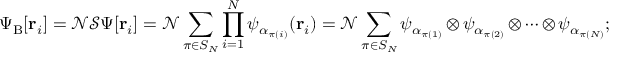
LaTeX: \Psi _ { \mathrm { { B } } } [ \mathbf { r } _ { i } ] = { \mathcal { N } } { \mathcal { S } } \Psi [ \mathbf { r } _ { i } ] = { \mathcal { N } } \sum _ { \pi \in S _ { N } } \prod _ { i = 1 } ^ { N } \psi _ { \alpha _ { \pi ( i ) } } ( \mathbf { r } _ { i } ) = { \mathcal { N } } \sum _ { \pi \in S _ { N } } \psi _ { \alpha _ { \pi ( 1 ) } } \otimes \psi _ { \alpha _ { \pi ( 2 ) } } \otimes \cdots \otimes \psi _ { \alpha _ { \pi ( N ) } } ;